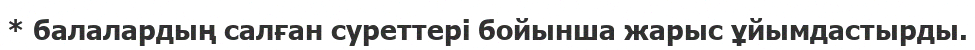
* балалардың салған суреттері бойынша жарыс ұйымдастырды.